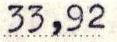
33,92